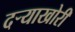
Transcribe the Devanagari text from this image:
दऱ्याखोरी